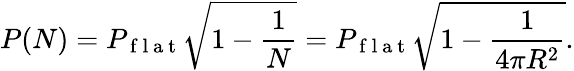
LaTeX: P(N)=P_{\mathrm{~f~l~a~t~}}\sqrt{1-\frac{1}{N}}=P_{\mathrm{~f~l~a~t~}}\sqrt{1-\frac{1}{4\pi R^{2}}}.